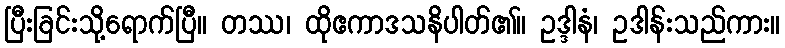
ပြီးခြင်းသို့ရောက်ပြီ။ တဿ၊ ထိုဧကာဒသနိပါတ်၏။ ဥဒ္ဒါနံ၊ ဥဒါန်းသည်ကား။